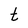
Character: t